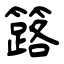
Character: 簬